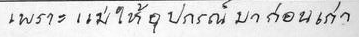
เพราะแม่ให้อุปกรณ์มาก่อนเก่า